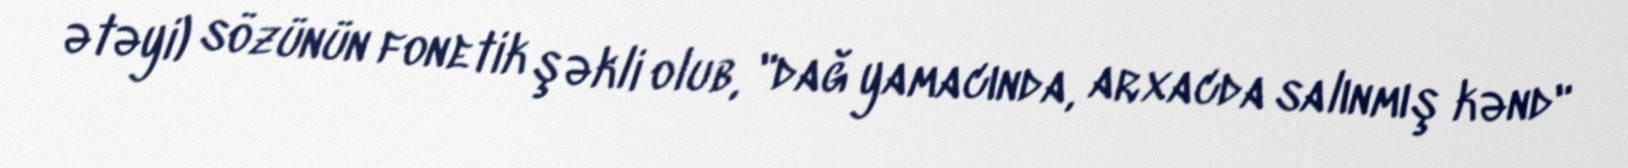
ətəyi) sözünün fonetik şəkli olub, "dağ yamacında, arxacda salınmış kənd"